Vaccination in Bombay 1863-1868 - 1863-1868
Year: 1863
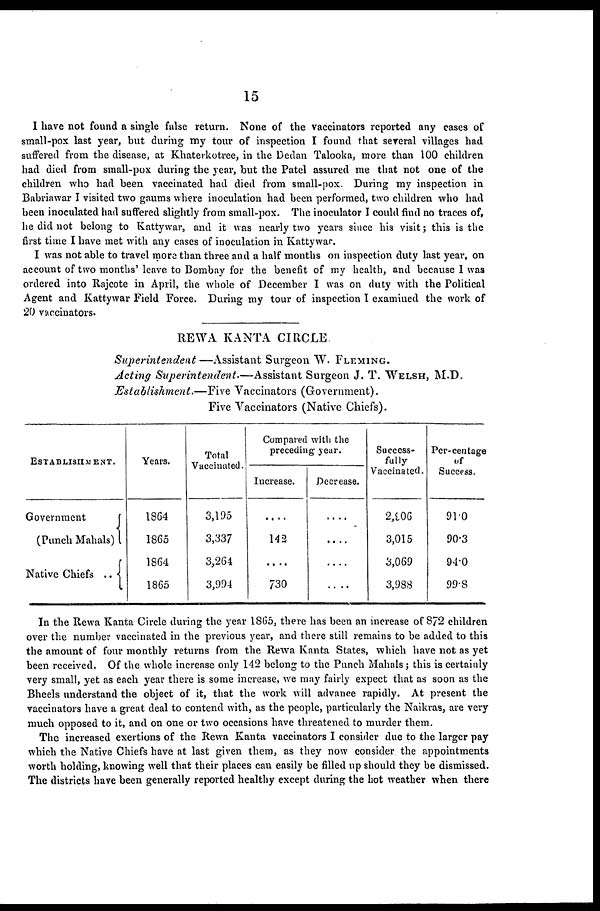
15
I have not found a single false return. None of the vaccinators reported any cases of
small-pox last year, but during my tour of inspection I found that several villages had
suffered from the disease, at Khaterkotree, in the Dedan Talooka, more than 100 children
had died from small-pox during the year, but the Patel assured me that not one of the
children who had been vaccinated had died from small-pox. During my inspection in
Babriawar I visited two gaums where inoculation had been performed, two children who had
been inoculated had suffered slightly from small-pox. The inoculator I could find no traces of,
he did not belong to Kattywar, and it was nearly two years since his visit; this is the
first time I have met with any cases of inoculation in Kattywar.
I was not able to travel more than three and a half months on inspection duty last year, on
account of two months' leave to Bombay for the benefit of my health, and because I was
ordered into Rajcote in April, the whole of December I was on duty with the Political
Agent and Kattywar Field Force. During my tour of inspection I examined the work of
20 vaccinators.
REWA KANTA CIRCLE
Superintendent—Assistant
Surgeon W. FLEMING.
Acting Superintendent—Assistant
Surgeon J. T. WELSH, M.D.
Establishment.—Five Vaccinators (Government).
Five Vaccinators (Native Chiefs).
ESTABLISHMENT.
Government
(Punch Mahals)
Native Chiefs ..
Years.
1864
1865
1864
1865
Total
Vaccinated.
3,195
3,337
3,264
3,994
Compared with the
preceding year.
Increase.
....
142
....
730
Decrease.
....
....
....
....
Success-
fully
Vaccinated.
2,906
3,015
3,069
3,988
Per-centage
of
Success.
91.0
90.3
94.0
99.8
In the Rewa Kanta Circle during the year 1865, there has been an increase of 872 children
over the number vaccinated in the previous year, and there still remains to be added to this
the amount of four monthly returns from the Rewa Kanta States, which have not as yet
been received. Of the whole increase only 142 belong to the Punch Mahals; this is certainly
very small, yet as each year there is some increase, we may fairly expect that as soon as the
Bheels understand the object of it, that the work will advance rapidly. At present the
vaccinators have a great deal to contend with, as the people, particularly the Naikras, are very
much opposed to it, and on one or two occasions have threatened to murder them.
The increased exertions of the Rewa Kanta vaccinators I consider due to the larger pay
which the Native Chiefs have at last given them, as they now consider the appointments
worth holding, knowing well that their places can easily be filled up should they be dismissed.
The districts have been generally reported healthy except during the hot weather when there